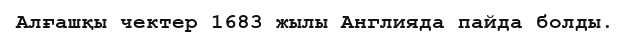
Алғашқы чектер 1683 жылы Англияда пайда болды.